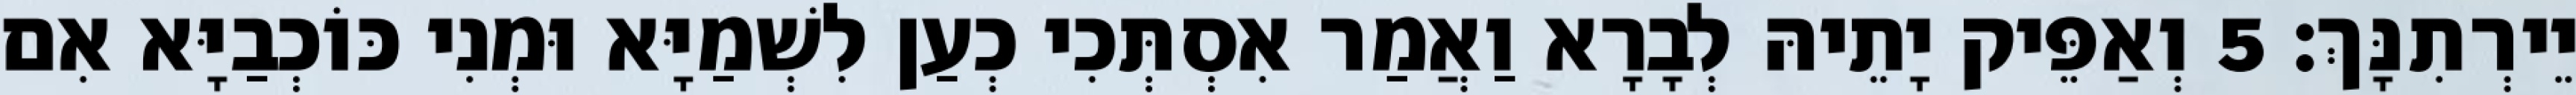
יֵירְתִנָּךְ׃ 5 וְאַפֵּיק יָתֵיהּ לְבָרָא וַאֲמַר אִסְתְּכִי כְעַן לִשְׁמַיָּא וּמְנִי כּוֹכְבַיָּא אִם